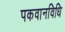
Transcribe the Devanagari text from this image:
पकवानविधि